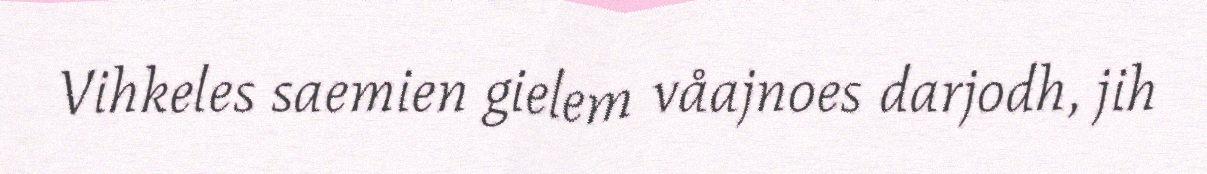
Vihkeles saemien gielem våajnoes darjodh, jih